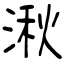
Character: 湫